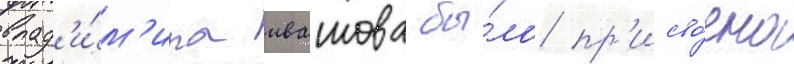
влад'и́м'ира ивашова бы́ло пр'исво́ено